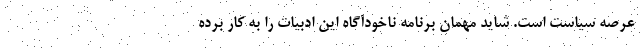
عرصه سیاست است. شاید مهمان برنامه ناخودآگاه این ادبیات را به کار برده